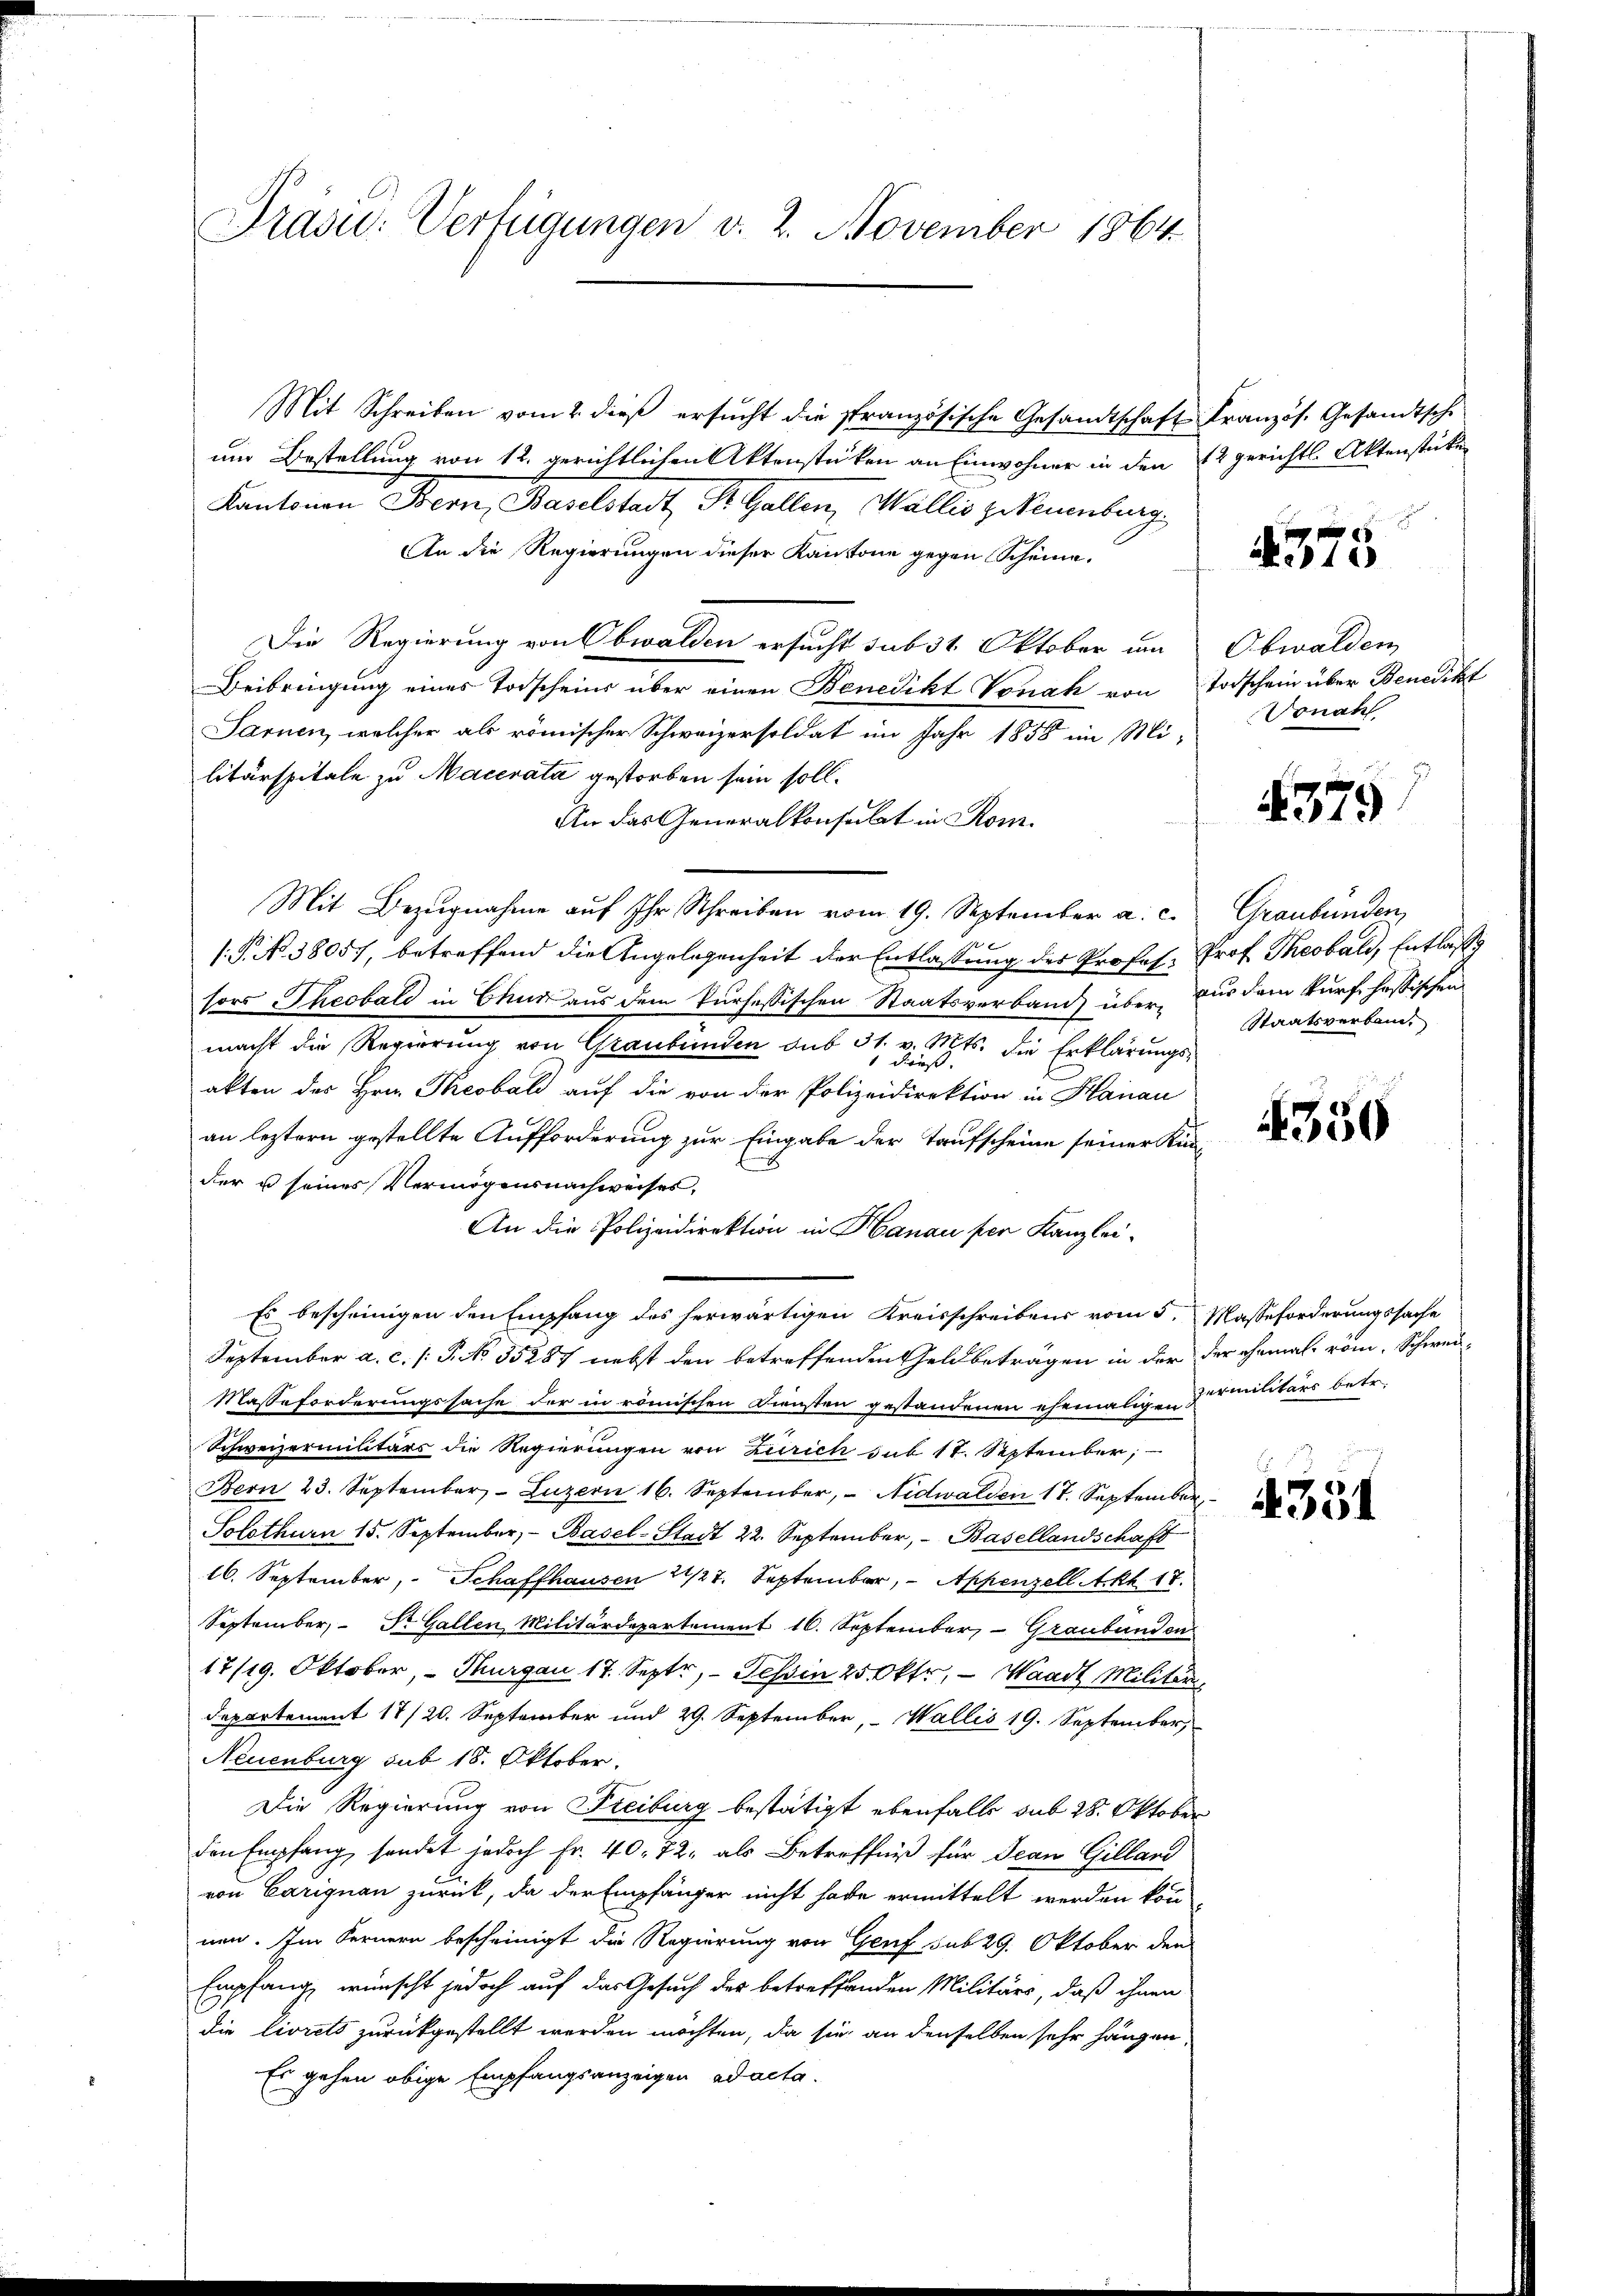
Präsid.: Verfügungen v. 2. November 1864

Mit Schreiben vom 2. dieß ersucht die französische Gesandtschaft Kranzös. Gesandtsche
um Bestellung von 12. gerichtlichen Aktenstücken an Einwohner in den 12 gerichtl. Aktenstütz
Kantonen Bern, Baselstadt St. Gallen, Wallis zubeuenburg
An die Regierungen dieser Kantone gegen Scheine.
Die Regierung von Obwalden ersucht sub 31 Oktober im Obwalden,
Beibringung eines Todscheins über einen Benedikt Vonak von Todschein über Benedikt
Sarnen, welcher als römischer Schweizersoldat im Jahr 1858 im Mi-
litärspitale zu Macenata gestorben sein soll.
An das Generalkonsulat in Rom.
Mit Bezugnahme auf Ihr Schreiben vom 19. September a. c. Graubünden
/. P. No. 38057, betreffend die Angelegenheit der Entlassung des Profess. Prof. Theobald, Entlaße
sors Theobald in Chur aus dem kursessischen Staatsverband über nur dem kurf, hassischen
macht die Regierung von Graubünden sub 31. v. Mts. die Erklärungs-
akten des Hrn. Theobald auf die von der Polizeidirektion in Hanau
an leztern gestellte Aufforderung zur Eingabe der Taufscheine seiner Künder u seines Vermögensnachweises,
An die Polizeidirektion in Hanau per Kanzlei-
Es bescheinigen den Empfang des herwärtigen Kreisschreibens vom 5. Masseforderungssache
September a. c. /: P. NNo. 35287 nebst den betreffenden Geldbeträgen in der der ehemals rom. Schwei¬
Masseforderungssache der in römischen Diensten gestandenen ehemaligen Firmitärs betr.
Schweizermilitärs die Regierungen von Zürich sub 17. September;
Bern 23. September Luzern 16. September, Nidwalden 17. September
Solothurn 15. September, Basel-Stadt 22. September, - Basellandschaft
16. September, Schaffhausen 21/27. September, Appenzell Akt 17.
September, Dr. Gallen Militärdepartement 16. September, Graubünden
17/19. Oktober, - Thurgau 17. Septr, Tessin 25 Oktr, — Waadt Militär
departement 14/20. September und 29. September, Wallis 19. September,
Neuenburg sub 18. Oktober.
Die Regierung von Freiburg bestätigt ebenfalls sub 28. Oktober
den Empfang, sendet jedoch Fr. 40. 72, als Betreffniß für Jean Gilland
von Carignau zurück, da der Empfänger nicht habe ermittelt werden kön-
nen. Im Fernern bescheinigt die Regierung von Genf sub 29. Oktober den
Empfang, wünscht jedoch auf das Gesuch der betreffenden Militärs, daß ihnen
die livrets zurückgestellt werden möchten, da sie an denselben sehr hängen
Es gehen obige Empfangsanzeigen ad acta.

4375

Sonabl
379

Staatsverband,

350

4354